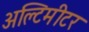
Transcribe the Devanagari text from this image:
अल्टिमीटर